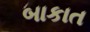
બાકાત